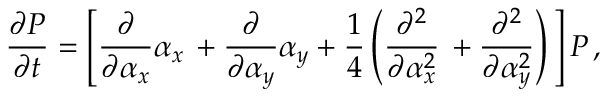
\frac { \partial P } { \partial t } = \left[ \frac { \partial } { \partial \alpha _ { x } } \alpha _ { x } \, + \frac { \partial } { \partial \alpha _ { y } } \alpha _ { y } + \frac { 1 } { 4 } \left( \frac { \partial ^ { 2 } } { \partial \alpha _ { x } ^ { 2 } } \, + \frac { \partial ^ { 2 } } { \partial \alpha _ { y } ^ { 2 } } \right) \, \right] P \, ,